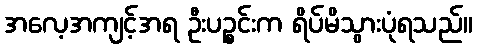
အလေ့အကျင့်အရ ဦးပဉ္စင်းက ရိပ်မိသွားပုံရသည်။